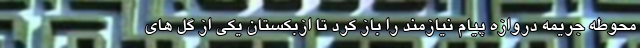
محوطه جریمه دروازه پیام نیازمند را باز کرد تا ازبکستان یکی از گل های